Source: Handwritten
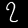
Digit: ၇ (7)